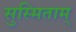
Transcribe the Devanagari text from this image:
सुस्मिताम्